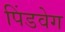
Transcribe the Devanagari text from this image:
पिंडवेग